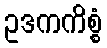
ဥဒကကိစ္စံ